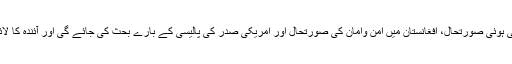
جس میں خطے کی بدلتی ہوئی صورتحال، افغانستان میں امن وامان کی صورتحال اور امریکی صدر کی پالیسی کے بارے بحث کی جائے گی اور آئندہ کا لائحہ عمل تیار کیا جائیگا۔